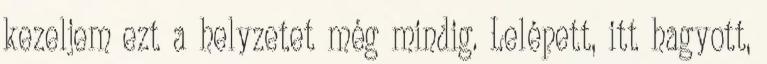
kezeljem ezt a helyzetet még mindig. Lelépett, itt hagyott,